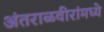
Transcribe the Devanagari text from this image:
अंतराळवीरांमध्ये